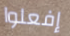
إفعلوا